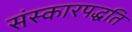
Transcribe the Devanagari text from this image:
संस्कारपद्धति